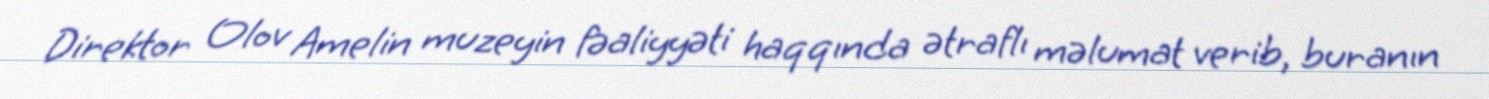
Direktor Olov Amelin muzeyin fəaliyyəti haqqında ətraflı məlumat verib, buranın